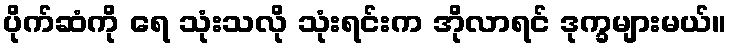
ပိုက်ဆံကို ရေ သုံးသလို သုံးရင်းက အိုလာရင် ဒုက္ခများမယ်။